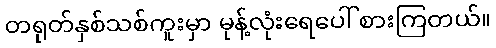
တရုတ်နှစ်သစ်ကူးမှာ မုန့်လုံးရေပေါ် စားကြတယ်။